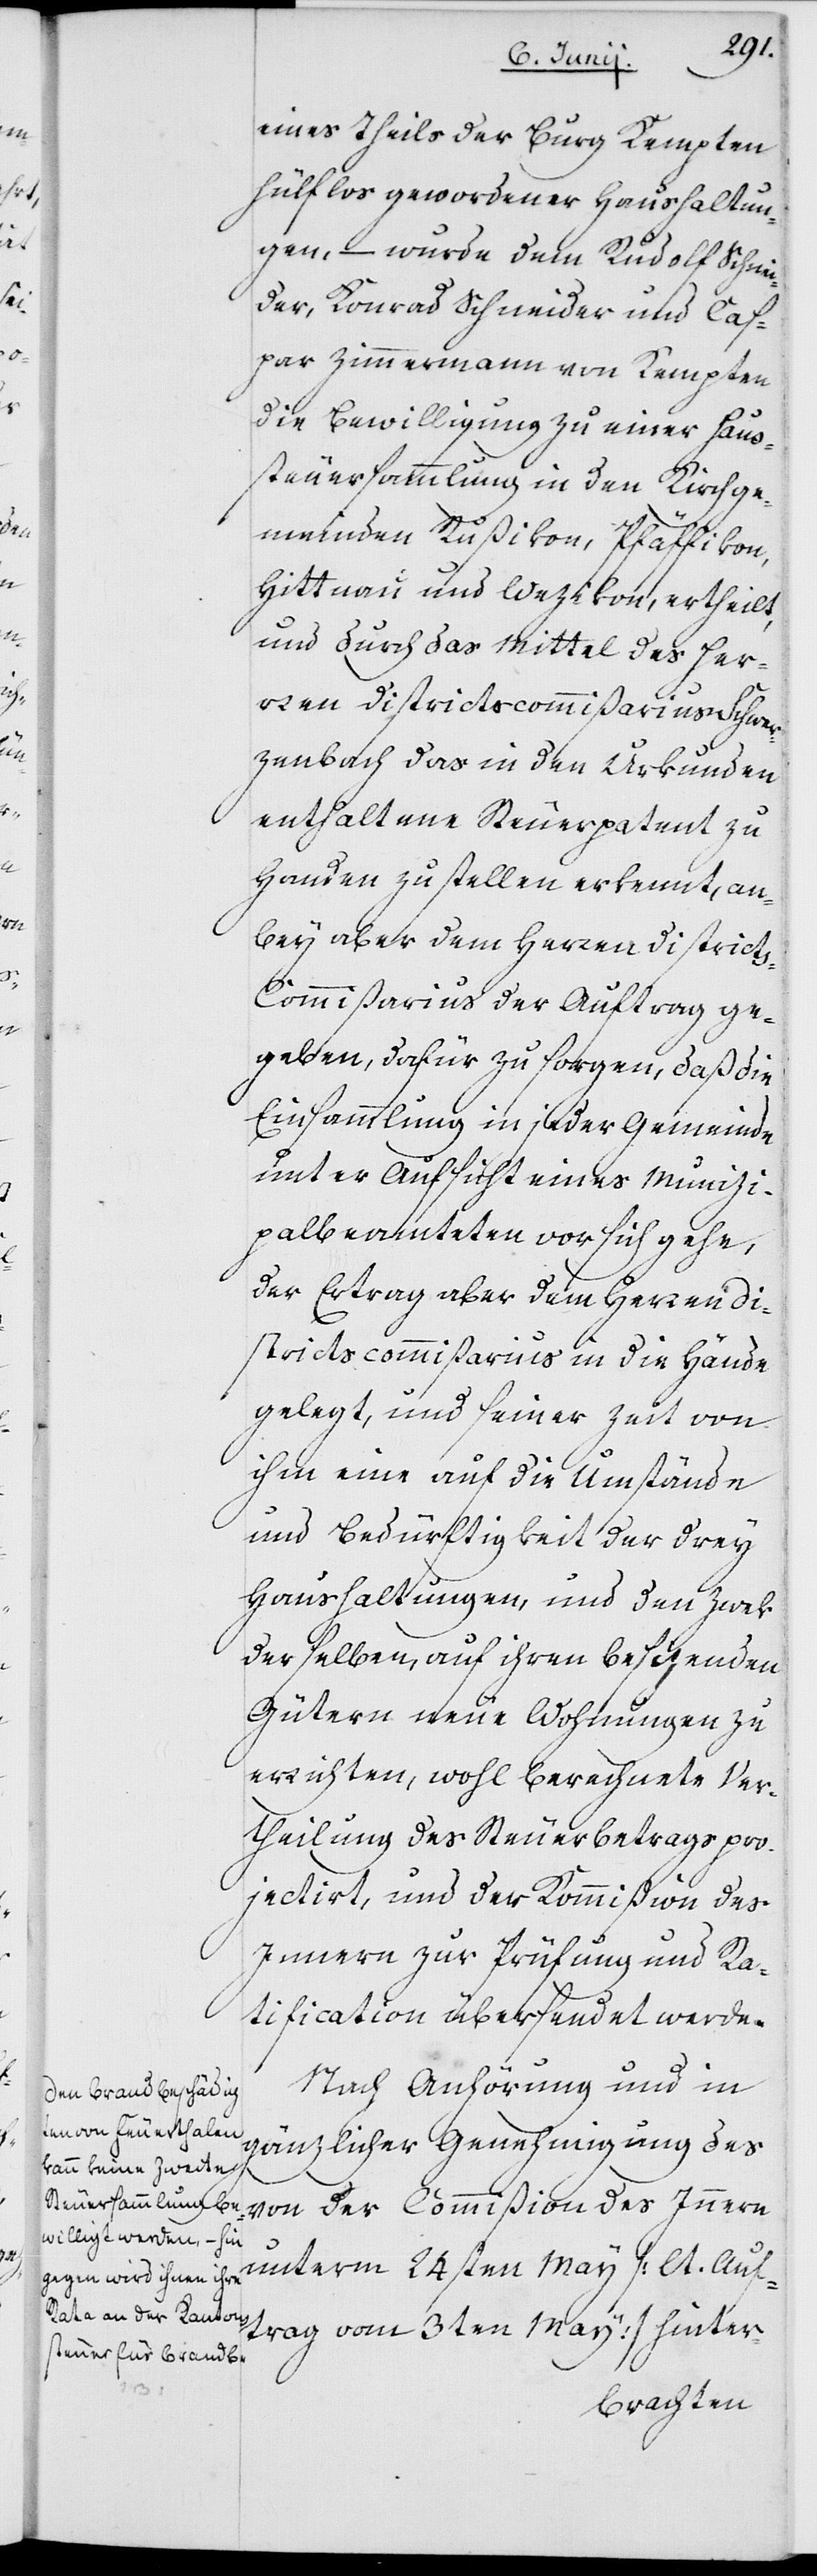
eines Theils der Burg Kempten
hülflos gewordener Haushaltun¬
gen, – wurde dem Rudolf Schnei¬
der, Konrad Schneider und Cas¬
par Zimmermann von Kempten
die Bewilligung zu einer Haus¬
steuersammlung in den Kirchge¬
meinden Rußikon, Pfäffikon,
Hittnau und Wezikon, ertheilt,
und durch das Mittel des Her¬
ren Districtscommißarius Schwer¬
zenbach das in den Urkunden
enthaltene Steuerpatent zu
Handen zu stellen erkennt, an¬
bey aber dem Herren District¬
s-Commißarius der Auftrag ge¬
geben, dafür zu sorgen, daß die
Einsammlung in jeder Gemeinde
unter Aufsicht eines Munici¬
palbeamteten vor sich gehe,
der Ertrag aber dem Herren Di¬
strictscommißarius in die Hände
gelegt, und seiner Zeit von
ihm eine auf die Umstände
und Bedürftigkeit der drey
Haushaltungen und den Zwek
derselben, auf ihren besizenden
Gütern neue Wohnungen zu
errichten, wohl berechnete Ver¬
theilung des Steuerbetrags pro¬
jectiert, und der Kommißion des
Innern zur Prüfung und Ra¬
tification übersendet werde.
Nach Anhörung und in
gänzlicher Genehmigung des
von der Commißion des Innern
unterm 24sten May (lt. Auf¬
trag vom 3ten May) hinter-